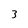
Character: 3